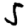
Digit: 5